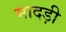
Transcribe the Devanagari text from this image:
मादड़ी